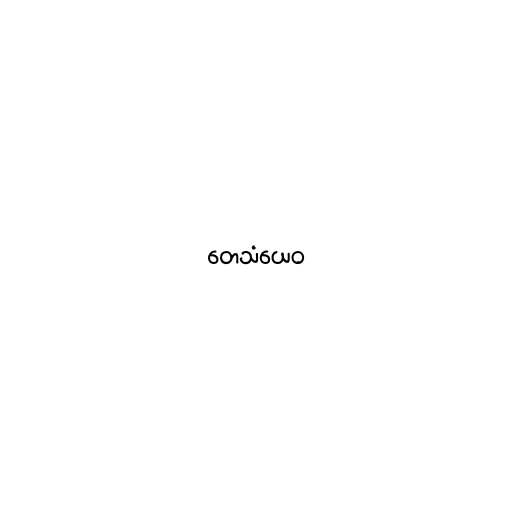
တေသံယေဝ